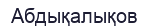
Абдықалықов